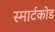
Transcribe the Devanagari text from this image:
स्मार्टकोड